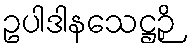
ဥပါဒါနသေဋ္ဌဉှိ